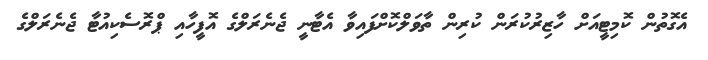
އެގޮތުން ކޮމިޓީއަށް ހާޒިރުކުރަން ކުރިން ތާވަލްކޮށްފައިވާ އެޓާނީ ޖެނެރަލްގެ އޮފީހާއި ޕްރޮސެކިއުޓާ ޖެނެރަލްގެ